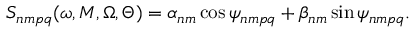
S _ { n m p q } ( \omega , M , \Omega , \Theta ) = \alpha _ { n m } \cos \psi _ { n m p q } + \beta _ { n m } \sin \psi _ { n m p q } .